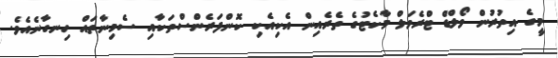
މީގެ އިތުރުން ވޯލްޑް ޓްރެވަލް މާކެޓުގެ ތެރެއިން އެކިއެކި ކޮންފަރެންސްތަކާއި ސެމިނާތައް ހިނގާނެއެވެ.